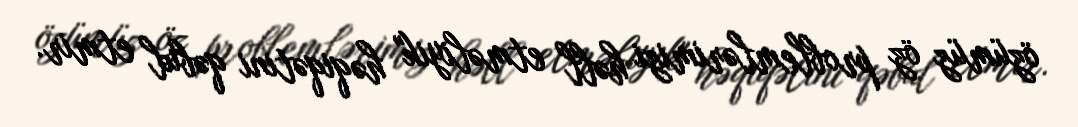
özümüz öz problemlərimizi həll etməliyik" həqiqətini qəbul etmir.